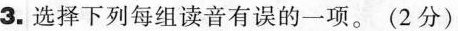
3.选择下列每组读音有误的一项。(2分)